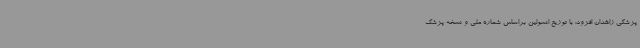
پزشکی زاهدان افزود: با توزیع انسولین براساس شماره ملی و نسخه پزشک